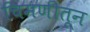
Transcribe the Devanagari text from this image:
चिमणीतून